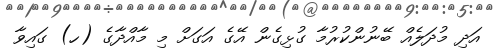
އަދި މުދަލެއް ބޭނުންކުރުމާ ގުޅިގެން އޭގެ އަގަށް މި މާއްދާގެ (ހ) ގައިވާ